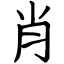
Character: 肖